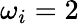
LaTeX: \omega_{i}=2